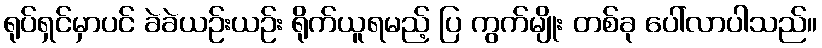
ရုပ်ရှင်မှာပင် ခဲခဲယဉ်းယဉ်း ရိုက်ယူရမည့် ပြ ကွက်မျိုး တစ်ခု ပေါ်လာပါသည်။